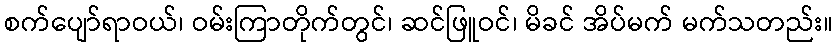
စက်ပျော်ရာဝယ်၊ ဝမ်းကြာတိုက်တွင်၊ ဆင်ဖြူဝင်၊ မိခင် အိပ်မက် မက်သတည်း။